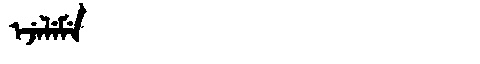
Manchu: ᡝᠵᡝᠯᡝᠮᡝ
Romanization: EJELEME